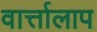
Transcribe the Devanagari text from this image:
वार्त्तालाप